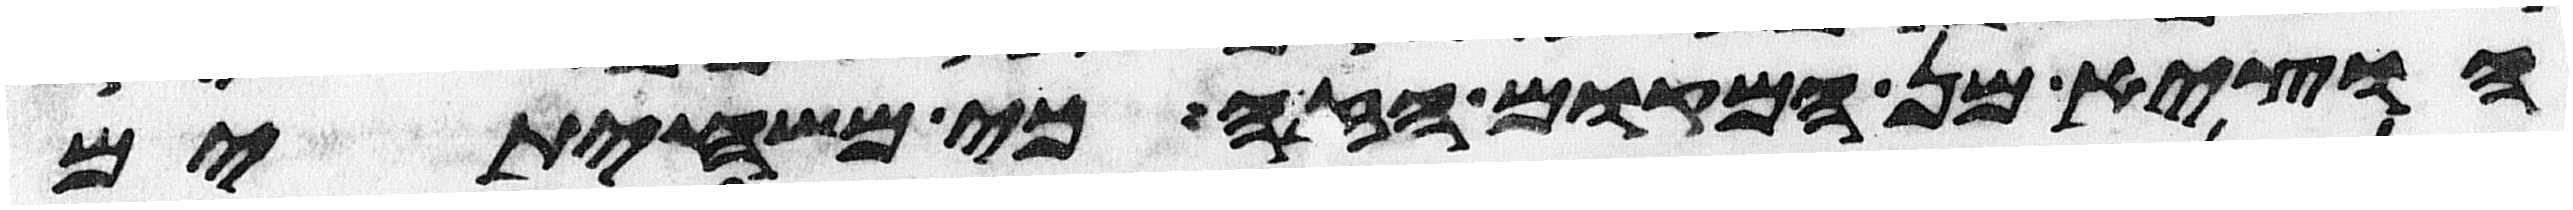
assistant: הוציא מן המקום הזה כי משחיתים